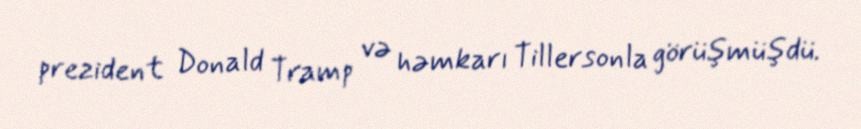
prezident Donald Tramp və həmkarı Tillersonla görüşmüşdü.